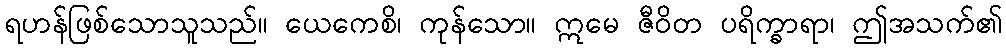
ရဟန်ဖြစ်သောသူသည်။ ယေကေစိ၊ ကုန်သော။ ဣမေ ဇီဝိတ ပရိက္ခာရာ၊ ဤအသက်၏